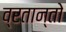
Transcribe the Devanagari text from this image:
व्रतान्तो